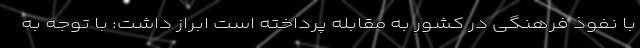
با نفوذ فرهنگی در کشور به مقابله پرداخته است ابراز داشت: با توجه به